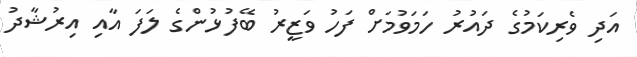
އަދި ވެރިކަމުގެ ދައުރު ހަމަވުމަށް ފަހު ވަޒީރު ބޭފުޅުންގެ ލަފަ އާއި އިރުޝާދު